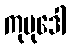
ကုမုဒေါ